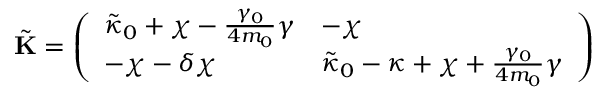
\tilde { \mathbf { K } } = \left( \begin{array} { l l } { \tilde { \kappa } _ { 0 } + \chi - \frac { \gamma _ { 0 } } { 4 m _ { 0 } } \gamma } & { - \chi } \\ { - \chi - \delta \chi } & { \tilde { \kappa } _ { 0 } - \kappa + \chi + \frac { \gamma _ { 0 } } { 4 m _ { 0 } } \gamma } \end{array} \right)